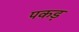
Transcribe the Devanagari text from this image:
पकड़़